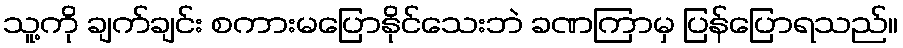
သူ့ကို ချက်ချင်း စကားမပြောနိုင်သေးဘဲ ခဏကြာမှ ပြန်ပြောရသည်။